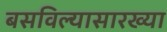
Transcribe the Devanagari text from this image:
बसविल्यासारख्या